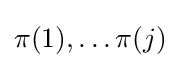
\pi (1),\dots \pi (j)